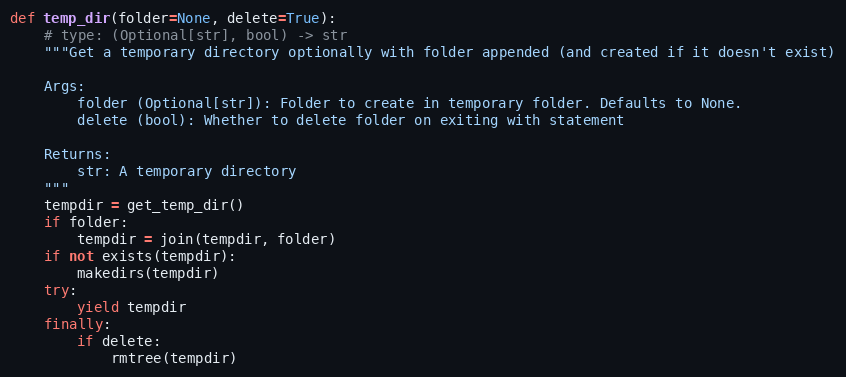
Language: Python
def temp_dir(folder=None, delete=True):
    # type: (Optional[str], bool) -> str
    """Get a temporary directory optionally with folder appended (and created if it doesn't exist)

    Args:
        folder (Optional[str]): Folder to create in temporary folder. Defaults to None.
        delete (bool): Whether to delete folder on exiting with statement

    Returns:
        str: A temporary directory
    """
    tempdir = get_temp_dir()
    if folder:
        tempdir = join(tempdir, folder)
    if not exists(tempdir):
        makedirs(tempdir)
    try:
        yield tempdir
    finally:
        if delete:
            rmtree(tempdir)